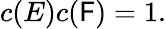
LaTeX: c(E)c(\mathsf{F})=1.